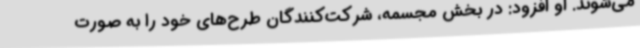
می‌شوند. او افزود: در بخش مجسمه، شرکت‌کنندگان طرح‌های خود را به صورت